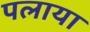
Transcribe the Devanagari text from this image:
पलाया